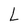
Character: L